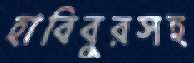
হাবিবুরসহ